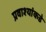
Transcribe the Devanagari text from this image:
प्रवाश्यांकडे